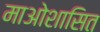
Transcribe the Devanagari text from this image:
माओशासित